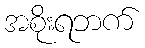
အစိုးရဘက်